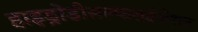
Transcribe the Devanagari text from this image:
हाइड्रोडीसल्फराईजेशन